Philaematomyia insignis, Austen - Number 54
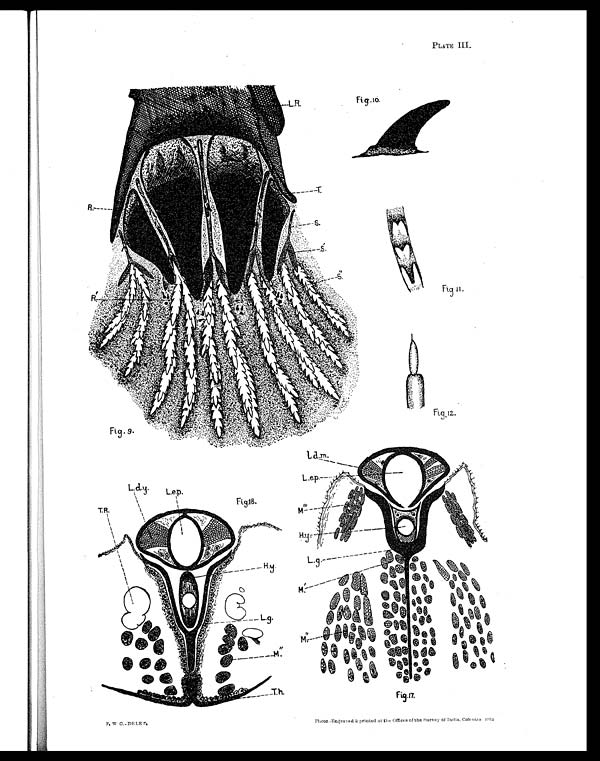
PLATE III.
W C.- DELET.
Photo.-Engraved & printed at the Offices of the Survey of Indi. Calcutta 1912